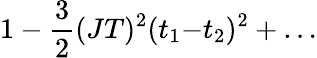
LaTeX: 1-\frac{3}{2}(JT)^{2}(t_{1}{-}t_{2})^{2}+\ldots